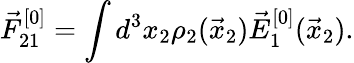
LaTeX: \vec{F}_{21}^{[0]}=\int d^{3}x_{2}\rho_{2}(\vec{x}_{2})\vec{E}_{1}^{[0]}(\vec{x}_{2}).